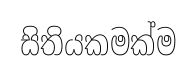
සිතියකමක්ම